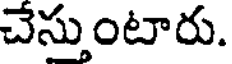
చేస్తుంటారు.